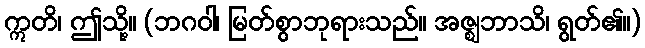
ဣတိ၊ ဤသို့။ (ဘဂဝါ၊ မြတ်စွာဘုရားသည်။ အဇ္ဈဘာသိ၊ ရွတ်၏။)